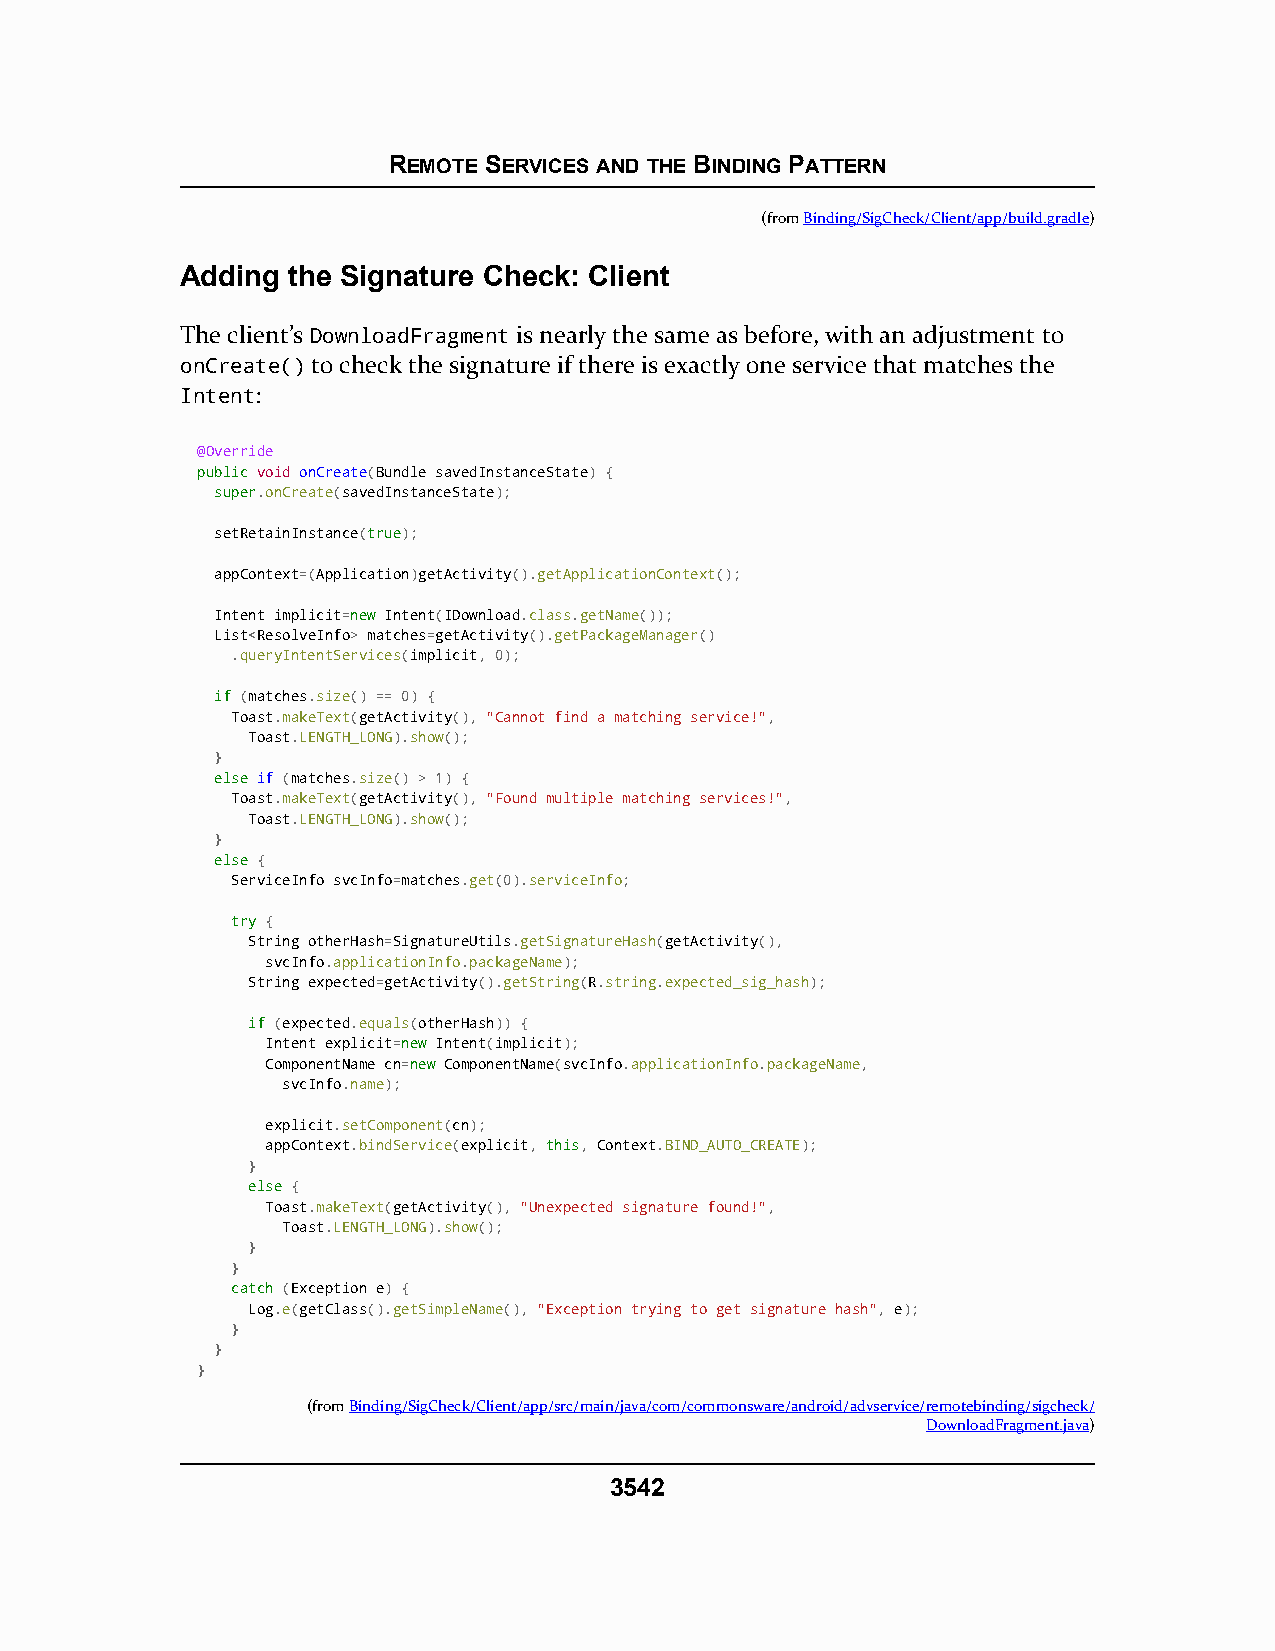
REMOTE SERVICES AND THE BINDING PATTERN
 (fromBinding/SigCheck/Client/app/build.gradle)
 Adding the Signature Check: Client
 The client’s DownloadFragment is nearly the same as before, with an adjustment to
 onCreate() to check the signature if there is exactly one service that matches the
 Intent:
 @Override
 ppuubblliicc void onCreate(Bundle savedInstanceState) {
 ssuuppeerr.onCreate(savedInstanceState);
 setRetainInstance(ttrruuee);
 appContext=(Application)getActivity().getApplicationContext();
 Intent implicit=nneeww Intent(IDownload.class.getName());
 List<ResolveInfo> matches=getActivity().getPackageManager()
 .queryIntentServices(implicit, 0);
 iiff (matches.size() == 0) {
 Toast.makeText(getActivity(), "Cannot find a matching service!",
 Toast.LENGTH_LONG).show();
 }
 eellssee if (matches.size() > 1) {
 Toast.makeText(getActivity(), "Found multiple matching services!",
 Toast.LENGTH_LONG).show();
 }
 eellssee {
 ServiceInfo svcInfo=matches.get(0).serviceInfo;
 ttrryy {
 String otherHash=SignatureUtils.getSignatureHash(getActivity(),
 svcInfo.applicationInfo.packageName);
 String expected=getActivity().getString(R.string.expected_sig_hash);
 iiff (expected.equals(otherHash)) {
 Intent explicit=nneeww Intent(implicit);
 ComponentName cn=nneeww ComponentName(svcInfo.applicationInfo.packageName,
 svcInfo.name);
 explicit.setComponent(cn);
 appContext.bindService(explicit, tthhiiss, Context.BIND_AUTO_CREATE);
 }
 eellssee {
 Toast.makeText(getActivity(), "Unexpected signature found!",
 Toast.LENGTH_LONG).show();
 }
 }
 ccaattcchh (Exception e) {
 Log.e(getClass().getSimpleName(), "Exception trying to get signature hash", e);
 }
 }
 }
 (fromBinding/SigCheck/Client/app/src/main/java/com/commonsware/android/advservice/remotebinding/sigcheck/
 DownloadFragment.java)
 3542